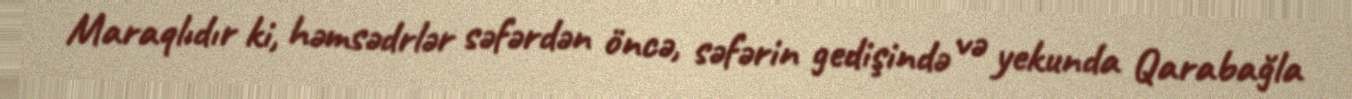
Maraqlıdır ki, həmsədrlər səfərdən öncə, səfərin gedişində və yekunda Qarabağla